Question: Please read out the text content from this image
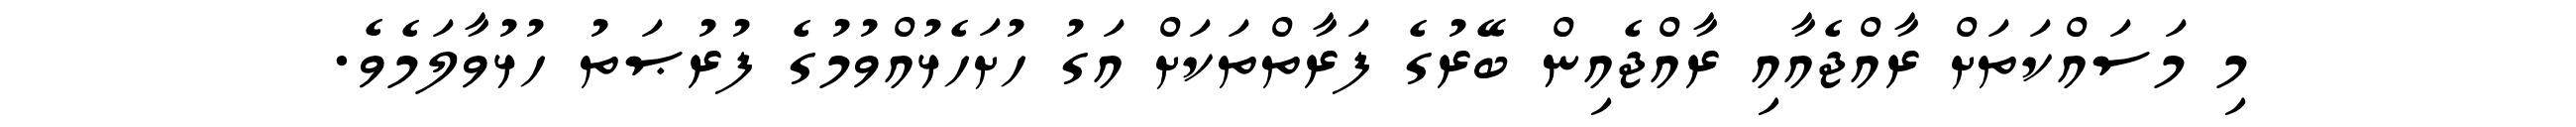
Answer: މި މަސައްކަތަށް ރާއްޖެއާއި ރާއްޖެއިން ބޭރުގެ ފަރާތްތަކަށް އަގު ހުށަހެޅުއްވުމުގެ ފުރުޞަތު ހުޅުވާލަމެވެ.